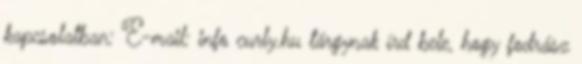
kapcsolatban: E-mail: info curly.hu tárgynak írd bele, hogy fodrász